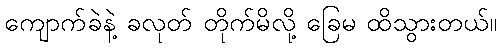
ကျောက်ခဲနဲ့ ခလုတ် တိုက်မိလို့ ခြေမ ထိသွားတယ်။